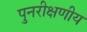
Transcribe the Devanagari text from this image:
पुनरीक्षणीय